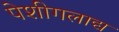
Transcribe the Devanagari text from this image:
पेशीगलाद्य